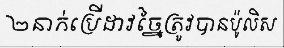
២នាក់ប្រើដាវច្នៃត្រូវបានប៉ូលិស